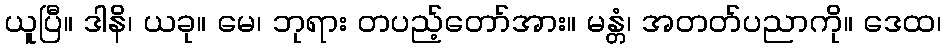
ယူပြီ။ ဒါနိ၊ ယခု။ မေ၊ ဘုရား တပည့်တော်အား။ မန္တံ၊ အတတ်ပညာကို။ ဒေထ၊